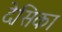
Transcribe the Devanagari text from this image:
देसिका